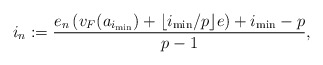
\begin{align*}i_{n}:=\frac{e_n\left(v_F(a_{i_{\min}}) + \lfloor i_{\min}/p \rfloor e\right)+i_{\min}-p}{p-1},\end{align*}